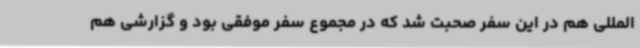
‌المللی هم در این سفر صحبت شد که در مجموع سفر موفقی بود و گزارشی هم